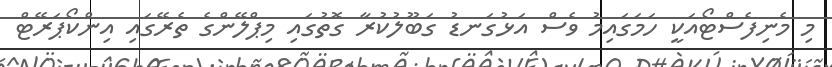
މި މެނިފެސްޓޯއަކީ ހަމަގައިމު ވެސް އަޅުގަނޑު ގަބޫލުކުރާ ގޮތުގައި މިޕްލޭންގެ ތެރޭގައި އިންކޯޕަރޭޓް